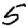
Digit: 5